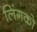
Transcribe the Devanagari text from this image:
लिंगको